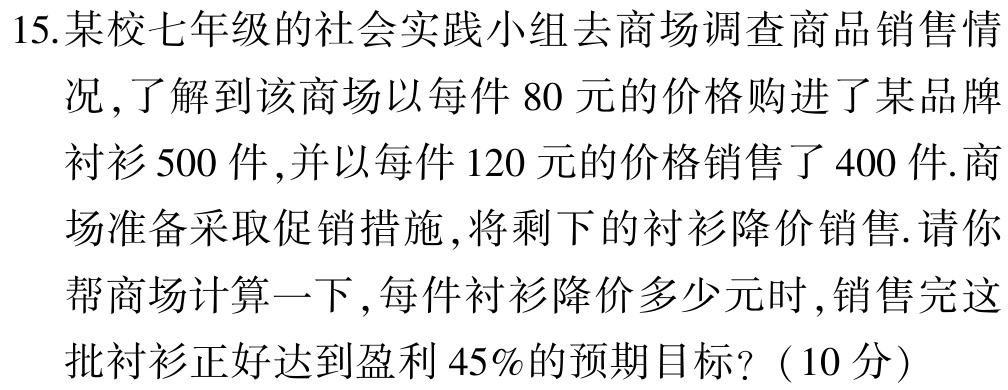
15.某校七年级的社会实践小组去商场调查商品销售情况,了解到该商场以每件80元的价格购进了某品牌衬衫500件,并以每件120元的价格销售了400件.商场准备采取促销措施,将剩下的衬衫降价销售.请你帮商场计算一下,每件衬衫降价多少元时,销售完这批衬衫正好达到盈利45%的预期目标?（10分）